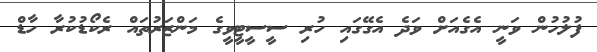
ފުލުހުން ވަނީ އެގެއަށް ވަދެ އެގޭގައި ހުރި ސީސީޓީވީގެ މަންޒަރުތައް ރެކޯޑުކުރާ ހާޑް